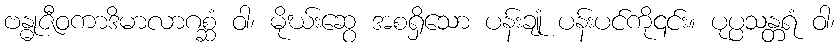
ဗန္ဓုဇီဝကာဒိမာလာဂစ္ဆံ ဝါ၊ မိုဃ်းဆွေ အစရှိသော ပန်းချုံ ပန်းပင်ကို၎င်း။ ပုပ္ပသန္တရံ ဝါ၊